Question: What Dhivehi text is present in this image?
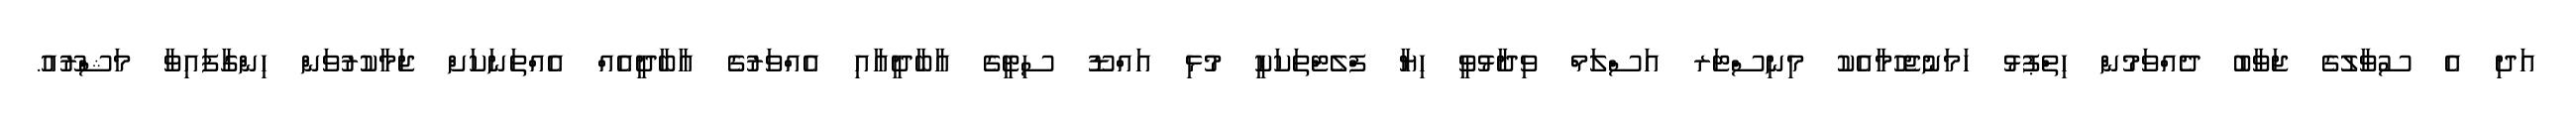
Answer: އަދި އެ ސުވާލުގެ ޖަވާބު ދެއްވަމުން ހިތްޕުޅު ހަމަނުޖެހުމާއެކު މިނިސްޓަރ އަސްލަމް ވިދާޅުވީ ހިޔާ ފްލެޓްތަކަކީ މުޅި އައްޑޫ ސިޓީގެ އާބާދީއާއި އެއްވަރުގެ އާބާދީއެއް އެއްތަނަކަށް ޖަމާކުރުވަން ހިންގާފައިވާ މަޝްރޫއު.